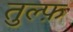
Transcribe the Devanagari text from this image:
तुल्फ़